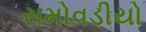
સમોવડીયો